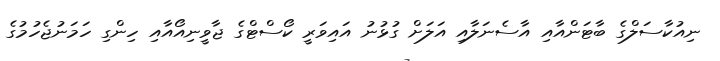
ނިއުކާސަލްގެ ބާޓަންއާއި އާސެނަލާއި އަލަށް ގުޅުނު އައިވަރީ ކޯސްޓްގެ ޖާވީނިއޯއާއި ހިންގި ހަމަނުޖެހުމުގެ